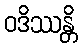
ဝဒိဿန္တိ